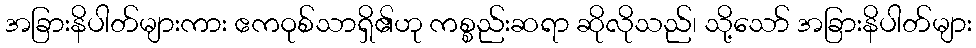
အခြားနိပါတ်များကား ဧကဝုစ်သာရှိ၏ဟု ကစ္စည်းဆရာ ဆိုလိုသည်၊ သို့သော် အခြားနိပါတ်များ